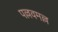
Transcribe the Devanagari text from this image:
पल्लवमल्ल